Scottish Leaving Certificate Examination, 1954
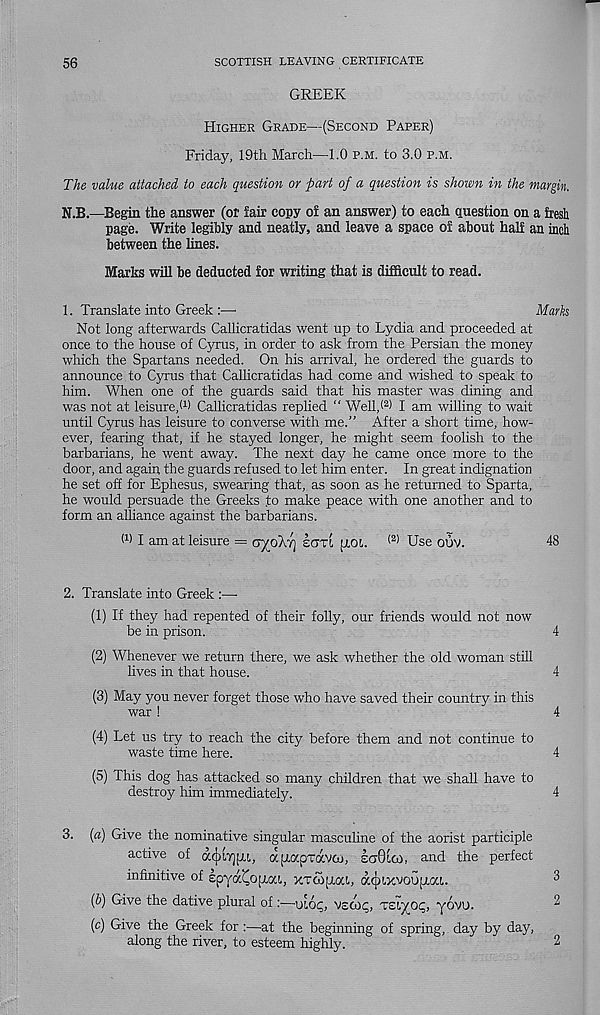
56
SCOTTISH LEAVING CERTIFICATE
GREEK
Higher Grade—(Second Paper)
Friday, 19th March—1.0 p.m. to 3.0 p.m.
The value attached to each question or part of a question is shown in the margin.
N.B.—Begin the answer (or fair copy of an answer) to each question on a fresh
page. Write legibly and neatly, and leave a space of about half an inch
between the lines.
Marks will be deducted for writing that is difficult to read.
1. Translate into Greek :■ —•
Marks
Not long afterwards Callicratidas went up to Lydia and proceeded at
once to the house of Cyrus, in order to ask from the Persian the money
which the Spartans needed. On his arrival, he ordered the guards to
announce to Cyrus that Callicratidas had come and wished to speak to
him. When one of the guards said that his master was dining and
was not at leisure/ 1 ) Callicratidas replied “ Well/ 2 ) I am willing to wait
until Cyrus has leisure to converse with me.” After a short time, how-
ever, fearing that, if he stayed longer, he might seem foolish to the
barbarians, he went away. The next day he came once more to the
door, and again the guards refused to let him enter. In great indignation
he set off for Ephesus, swearing that, as soon as he returned to Sparta,
he would persuade the Greeks to make peace with one another and to
form an alliance against the barbarians.
f 1 ) I am at leisure =
!cm jxol <2) Use ouv.
48
2. Translate into Greek :—•
(1) If they had repented of their folly, our friends would not now
be in prison.
4
(2) Whenever we return there, we ask whether the old woman still
lives in that house.
4
(3) May you never forget those who have saved their country in this
war !
4
(4) Let us try to reach the city before them and not continue to
waste time here.
4
(5) This dog has attacked so many children that we shall have to
destroy him immediately.
4
3. (a) Give the nominative singular masculine of the aorist participle
active of acjjiTjpu,, afiapTavco, saOico, and the perfect
infinitive of spya^ofLou, xTCopioa, dccjxxvoufxcu.
(b) Give the dative plural of:—moc;, vzcoc,, Teijoc,, yovi).
(c) Give the Greek for:—-at the beginning of spring, day by day,
along the river, to esteem highly.
2